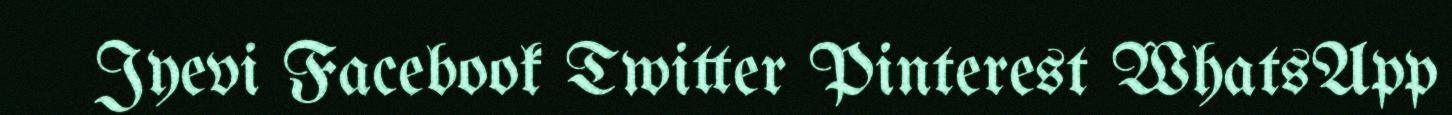
Jyevi Facebook Twitter Pinterest WhatsApp